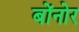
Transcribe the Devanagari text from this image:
बोंनोर